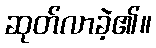
ဆုတ်လာခဲ့၏။